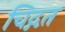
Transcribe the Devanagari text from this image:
चिद्गत